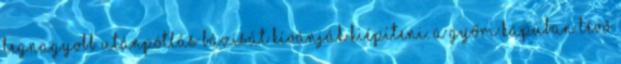
legnagyobb utánpótlás bázisát kívánják kiépíteni. A Győri kapuban lévő